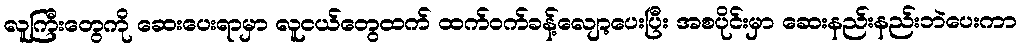
လူကြီးတွေကို ဆေးပေးရာမှာ လူငယ်တွေထက် ထက်ဝက်ခန့်လျော့ပေးပြီး အစပိုင်းမှာ ဆေးနည်းနည်းဘဲပေးကာ